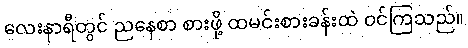
လေးနာရီတွင် ညနေစာ စားဖို့ ထမင်းစားခန်းထဲ ဝင်ကြသည်။